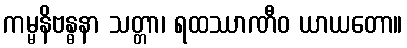
ကမ္မနိဗန္ဓနာ သတ္တာ၊ ရထဿာဏီဝ ယာယတော။